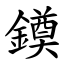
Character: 䥖